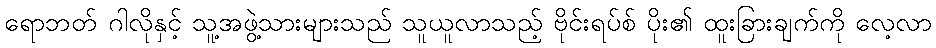
ရောဘတ် ဂါလိုနှင့် သူ့အဖွဲ့သားများသည် သူယူလာသည့် ဗိုင်းရပ်စ် ပိုး၏ ထူးခြားချက်ကို လေ့လာ